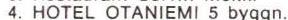
4. HOTEL OTANIEMI 5 byggn.